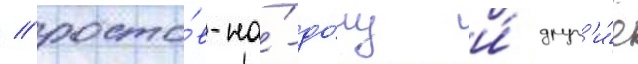
/ росто́в-на́-до́ну и́ друг'и́е